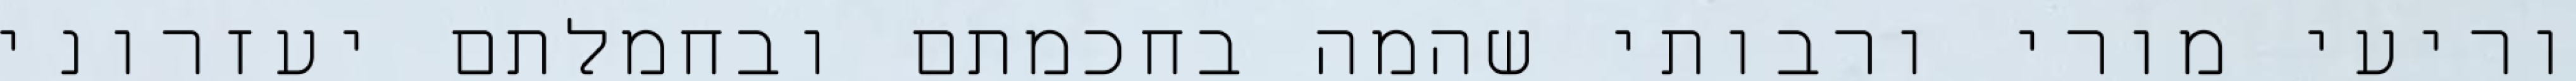
וריעי מורי ורבותי שהמה בחכמתם ובחמלתם יעזרוני